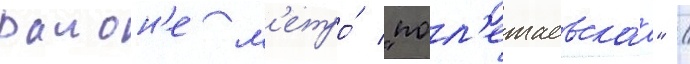
раион'е м'етро́ "пол'ежаевскаа" /